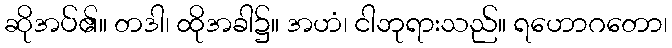
ဆိုအပ်၏။ တဒါ၊ ထိုအခါ၌။ အဟံ၊ ငါဘုရားသည်။ ရဟောဂတော၊